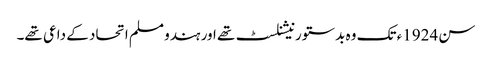
سن 1924ء تک وہ بدستور نیشنلسٹ تھے اور ہندو مسلم اتحاد کے داعی تھے۔